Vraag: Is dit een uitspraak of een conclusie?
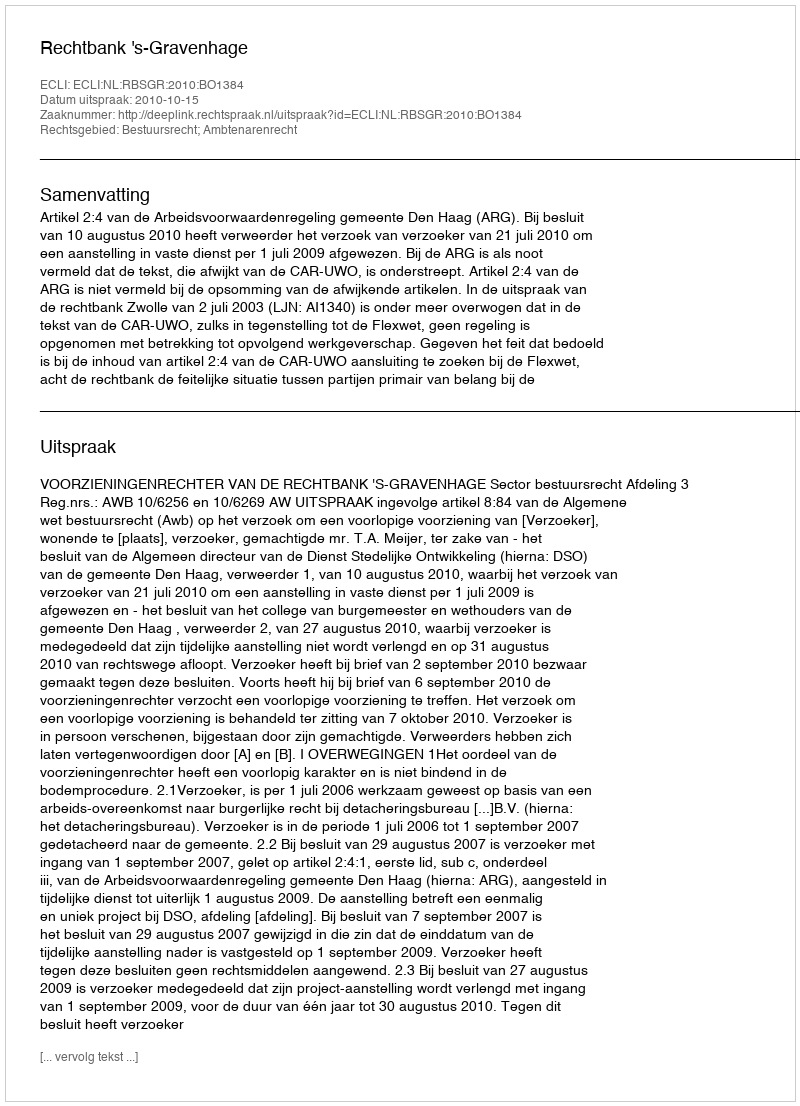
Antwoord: Uitspraak